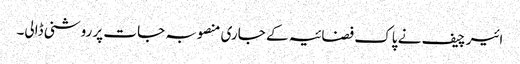
ائیر چیف نے پاک فضائیہ کے جاری منصوبہ جات پر روشنی ڈالی۔